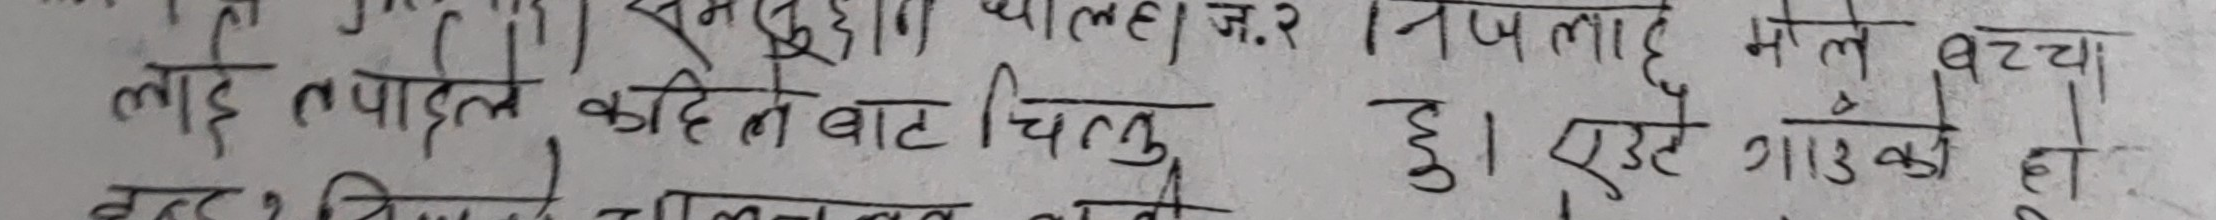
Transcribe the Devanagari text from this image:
समनुरु चालहा। ज.२। नजला मले बच्चा
लाई तपाईंले कहिले बाट चिन्नु हु। एउटै गाउँको हो।
उत्तर चितवन तत्काल १३ को